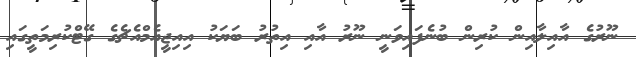
ނޫރުގެ އާއިލާއިން ކުރިން ބުނެފައިވަނީ ނޫރު އާއި އިތުރު ބަޔަކު އިއިޖީއެމްއެޗެގެ ގޭޓްކުރިމަތީގައި